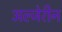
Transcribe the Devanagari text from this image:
अल्जेरीन